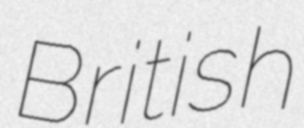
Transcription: British